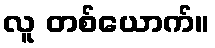
လူ တစ်ယောက်။